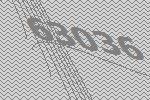
63036